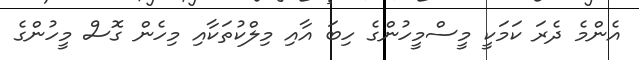
އެންމެ ދެރަ ކަމަކީ މީސްމީހުންގެ ހިބަ އާއި މިލްކުތަކާއި މިހެން ގޮސް މީހުންގެ